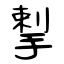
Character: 揧